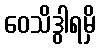
ဝေသိဒွါရမှိ